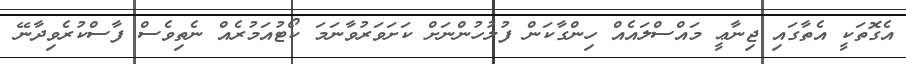
އެގޮތަކީ އެތާގައި ޖިނާޢީ މައްސްލައެއް ހިންގާކަން ފުލުހުންނަށް ކަށަވަރުވާނަމަ ކޯޓުއަމުރެއް ނެތިވެސް ފާސްކުރެވިދާނޭ